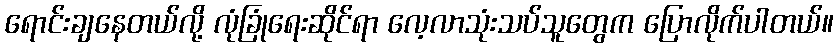
ရောင်းချနေတယ်လို့ လုံခြုံရေးဆိုင်ရာ လေ့လာသုံးသပ်သူတွေက ပြောလိုက်ပါတယ်။